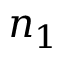
n _ { 1 }